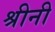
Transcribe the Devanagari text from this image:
श्रीनी